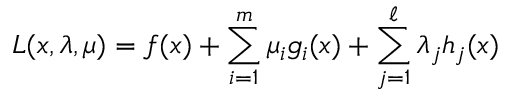
L ( x , \lambda , \mu ) = f ( x ) + \sum _ { i = 1 } ^ { m } \mu _ { i } g _ { i } ( x ) + \sum _ { j = 1 } ^ { \ell } \lambda _ { j } h _ { j } ( x )